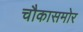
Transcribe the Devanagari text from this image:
चौकासमोर